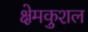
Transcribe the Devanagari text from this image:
क्षेमकुशल